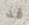
قد